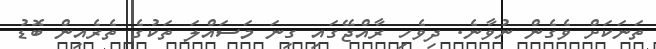
ތަނަކަށް ވެގެން ނުވާނެ. ދިވެހި ރާއްޖޭގައި ގިނަ މަސައްލަ ތަކުގެ ތެރެއިން ބޮޑު